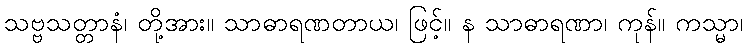
သဗ္ဗသတ္တာနံ၊ တို့အား။ သာဓာရဏတာယ၊ ဖြင့်။ န သာဓာရဏာ၊ ကုန်။ ကသ္မာ၊